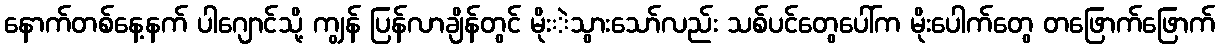
နောက်တစ်နေ့နက် ပါဂျောင်သို့ ကျွန် ပြန်လာချိန်တွင် မိုးဲသွားသော်လည်း သစ်ပင်တွေပေါ်က မိုးပေါက်တွေ တဖြောက်ဖြောက်